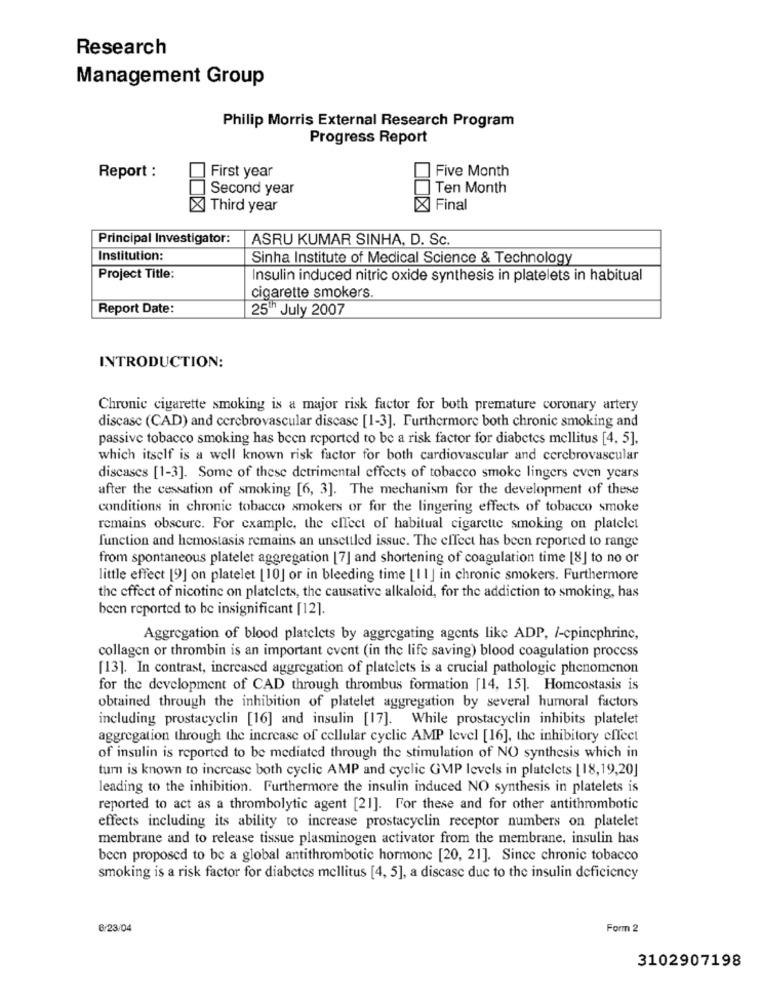
Research
Management Group
Philip Morris External Research Program
Progress Report
First year
Five Month
Report :
Second year
Ten Month
X Third year
X Final
Principal Investigator:
ASRU KUMAR SINHA, D. Sc.
Institution:
Sinha Institute of Medical Science & Technology
Project Title:
Insulin induced nitric oxide synthesis in platelets in habitual
cigarette smokers.
Report Date:
25 July 2007
INTRODUCTION:
Chronic cigarette smoking is a major risk factor for both premature coronary artery
discase (CAD) and cerebrovascular disease [1-3]. Furthermore both chronic smoking and
passive tobacco smoking has been reported to be a risk factor for diabetes mellitus [4, 5].
which itself is a well known risk factor for both cardiovascular and cerebrovascular
discases [1-3]. Some of these detrimental effects of tobacco smoke lingers even years
after the cessation of smoking [6, 3]. The mechanism for the development of these
conditions in chronic tobacco smokers or for the lingering effects of tobacco smoke
remains obscure. For example, the effect of habitual cigarette smoking on platelet
function and hemostasis remains an unsettled issue. The effect has been reported to range
from spontaneous platelet aggregation [7] and shortening of coagulation time [8] to no or
little effect [9] on platelet [10] or in bleeding time [11] in chronic smokers. Furthermore
the effect of nicotine on platelets, the causative alkaloid, for the addiction to smoking, has
been reported to be insignificant [12].
Aggregation of blood platelets by aggregating agents like ADP, /-cpinephrine,
collagen or thrombin is an important event (in the life saving) blood coagulation process
[13]. In contrast, increased aggregation of platelets is a crucial pathologic phenomenon
for the development of CAD through thrombus formation [14, 15]. Homeostasis is
obtained through the inhibition of platelet aggregation by several humoral factors
including prostacyclin [16] and insulin [17]. While prostacyclin inhibits platelet
aggregation through the increase of cellular cyclic AMP level [16], the inhibitory effect
of insulin is reported to be mediated through the stimulation of NO synthesis which in
turn is known to increase both cyclic AMP and cyclic GMP levels in platelets [18,19,20]
leading to the inhibition. Furthermore the insulin induced NO synthesis in platelets is
reported to act as a thrombolytic agent [21]. For these and for other antithrombotic
effects including its ability to increase prostacyclin receptor numbers on platelet
membrane and to release tissue plasminogen activator from the membrane, insulin has
been proposed to be a global antithrombotic hormone [20, 21]. Since chronic tobacco
smoking is a risk factor for diabetes mellitus [4, 5], a discase due to the insulin deficiency
6/23/04
Form 2
3102907198